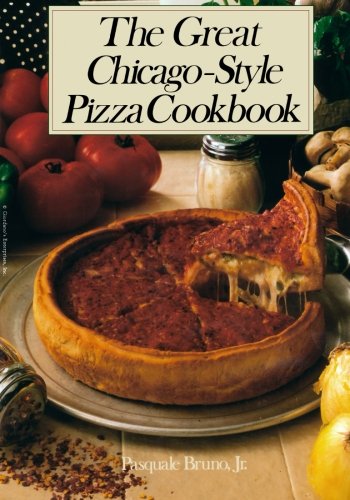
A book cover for The Great Chicago-Style Pizza Cookbook; Pasquale Bruno Jr.; Cookbooks, Food & Wine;